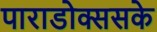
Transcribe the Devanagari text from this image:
पाराडोक्ससके